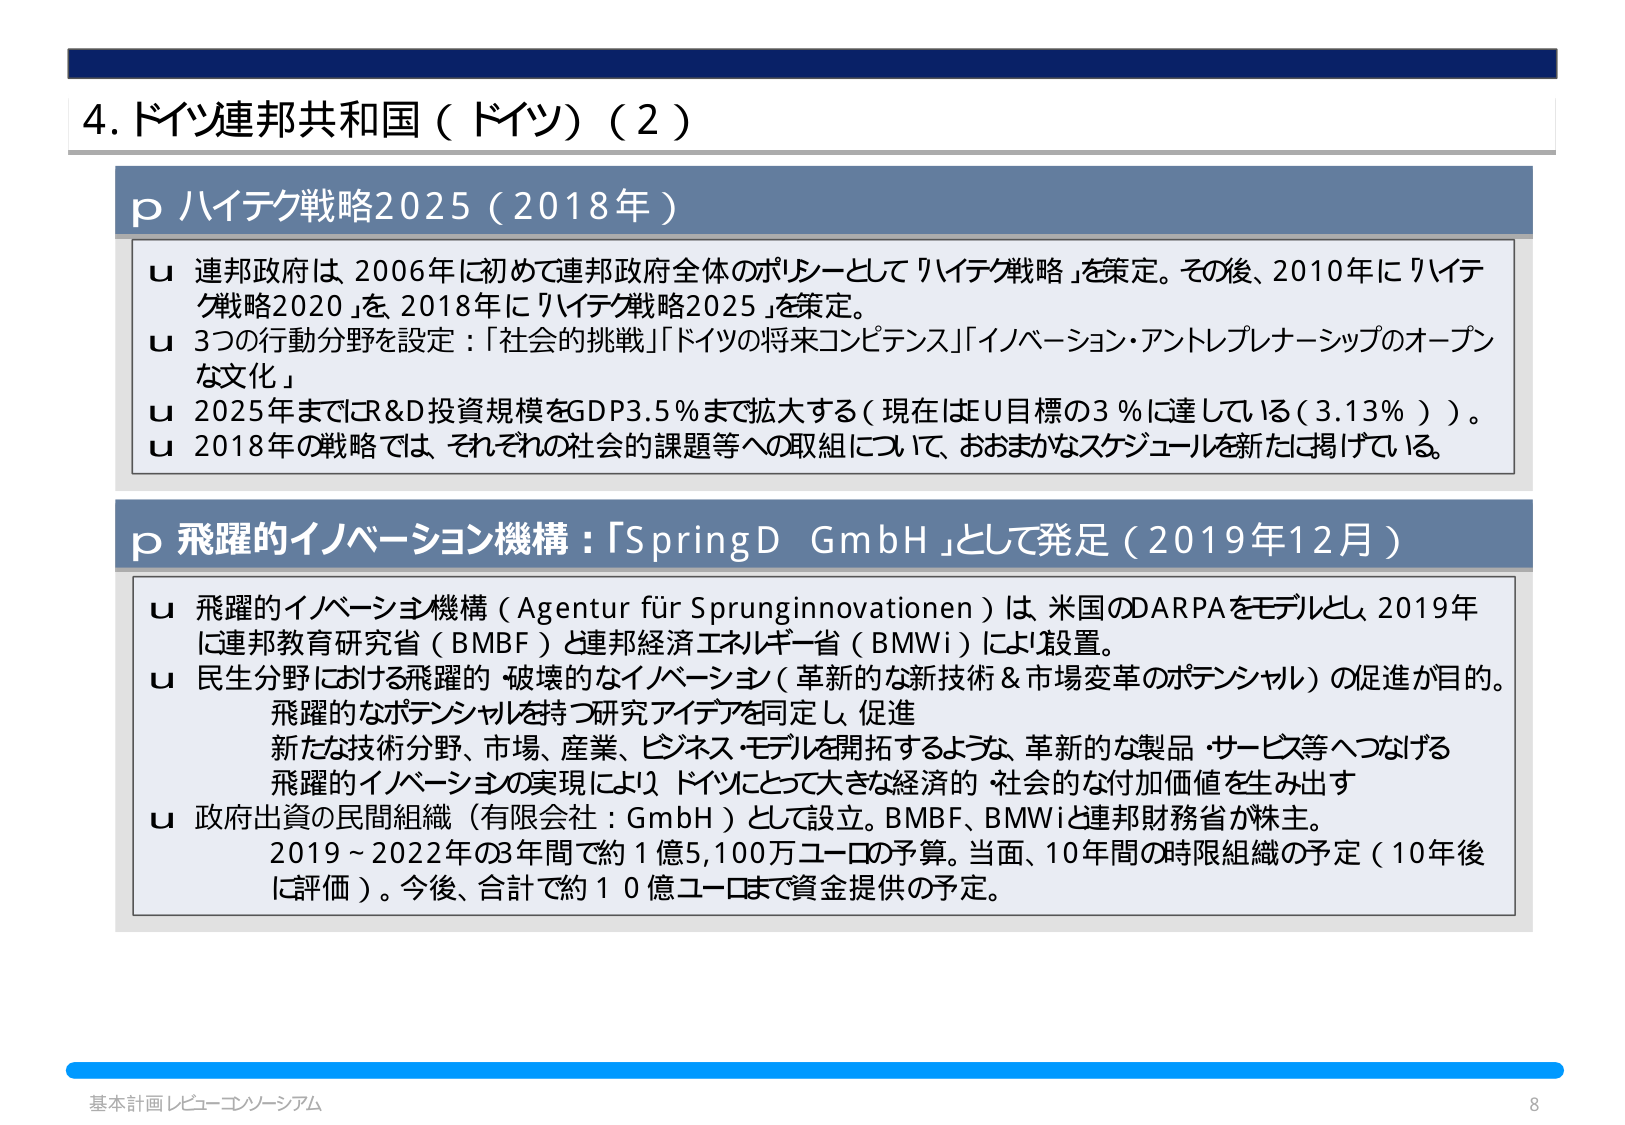
4. ドイツ連邦共和国（ドイツ）（2）

p ハイテク戦略2025（2018年）
u 連邦政府は 2006年に初めて連邦政府全体のポリシーとして「ハイテク戦略」を策定。その後、2010年に「ハイテク戦略2020」を、2018年に「ハイテク戦略2025」を策定。
u 3つの行動分野を設定：「社会的挑戦」「ドイツの将来コンピテンス」「イノベーション・アントレプレナーシップのオープンな文化」
u 2025年までにR&D投資規模をGDP3.5％まで拡大する（現在はEU目標の3％に達している（3.13％））。
u 2018年の戦略では、それぞれの社会的課題等への取組について、おおまかなスケジュールを新たに掲げている。

p 飛躍的イノベーション機構：「SpringD GmbH」として発足（2019年12月）
u 飛躍的イノベーション機構（Agentur für Sprunginnovationen）は、米国のDARPAをモデルとし、2019年に連邦教育研究省（BMBF）と連邦経済エネルギー省（BMWi）により設置。
u 民生分野における飛躍的・破壊的なイノベーション（革新的な新技術＆市場変革のポテンシャル）の促進が目的。
　飛躍的なポテンシャルを持つ研究アイデアを同定し、促進
　新たな技術分野、市場、産業、ビジネス・モデルを開拓するような、革新的な製品・サービス等へつなげる
　飛躍的イノベーションの実現により、ドイツにとって大きな経済的・社会的な付加価値を生み出す
u 政府出資の民間組織（有限会社：GmbH）として設立。BMBF、BMWiと連邦財務省が株主。
　2019～2022年の3年間で約1億5,100万ユーロの予算。当面、10年間の時限組織の予定（10年後に評価）。今後、合計で約10億ユーロまで資金提供の予定。

基本計画レビュー・コンソーシアム
8